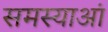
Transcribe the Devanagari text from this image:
समस्याआं